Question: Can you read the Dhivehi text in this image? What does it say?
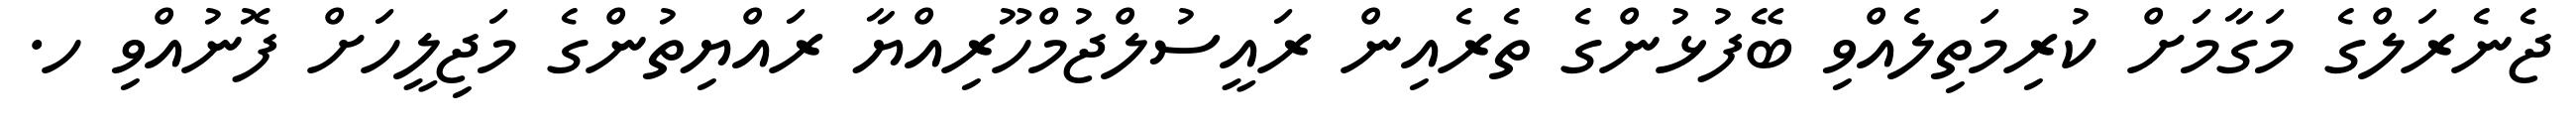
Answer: ޖެނެރަލްގެ މަގާމަށް ކުރިމަތިލެއްވި ބޭފުޅުންގެ ތެރެއިން ރައީސުލްޖުމްހޫރިއްޔާ ރައްޔިތުންގެ މަޖިލީހަށް ފޮނުއްވި ހ.